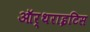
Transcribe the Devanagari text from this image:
ऑर्थराइटिस